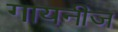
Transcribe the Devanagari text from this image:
गायनीज